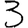
Digit: 3